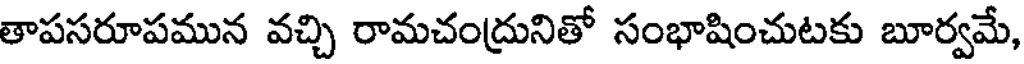
తాపసరూపమున వచ్చి రామచంద్రునితో సంభాషించుటకు బూర్వమే,